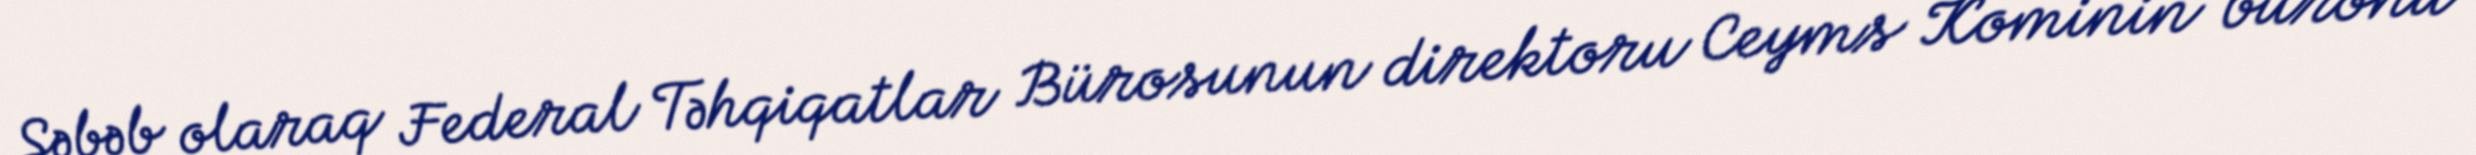
Səbəb olaraq Federal Təhqiqatlar Bürosunun direktoru Ceyms Kominin büronu